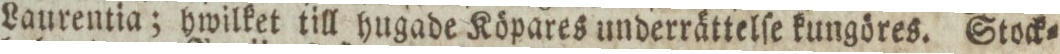
Laurentia; hwilket till hugade Köpares underrättelſe kungöres. Stock=